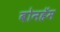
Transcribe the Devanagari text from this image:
बोनहॅम